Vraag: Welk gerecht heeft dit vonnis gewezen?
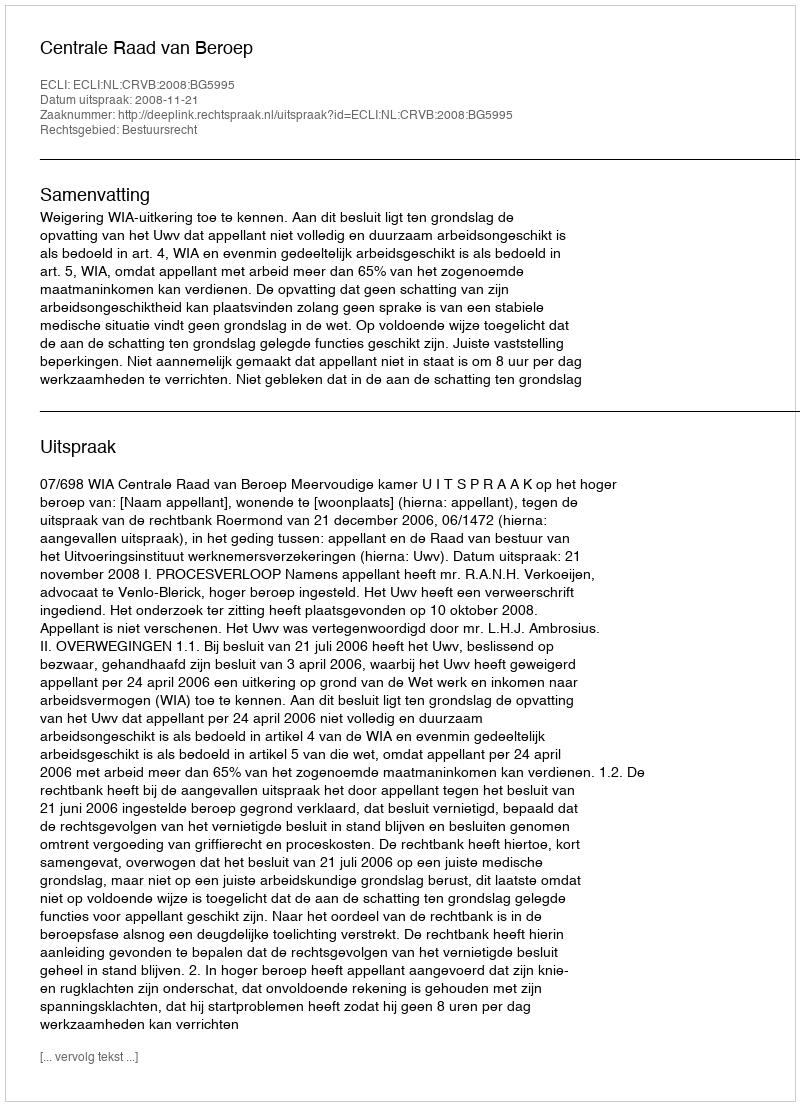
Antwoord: Centrale Raad van Beroep